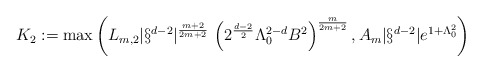
\begin{align*}K_2:= \max\left( L_{m,2} |\S^{d-2}|^{\frac{m+2}{2m+2}}\, \left( 2^{\frac{d-2}{2}} \Lambda_0^{2-d} B^2 \right)^{\frac{m}{2m+2}}, A_m |\S^{d-2}| e^{1+\Lambda_0^2}\right)\end{align*}